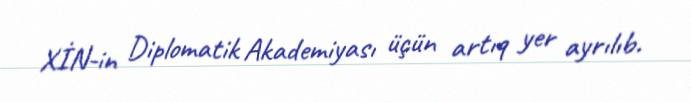
XİN-in Diplomatik Akademiyası üçün artıq yer ayrılıb.